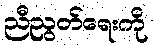
ညီညွတ်ရေးကို